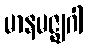
မာနမဇ္ဈဂါ